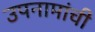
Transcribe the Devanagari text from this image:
उपनामांची